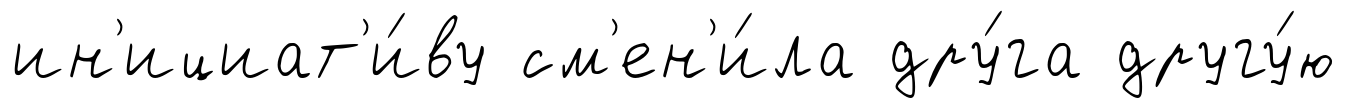
ин'ициат'и́ву см'ен'и́ла дру́га другу́ю